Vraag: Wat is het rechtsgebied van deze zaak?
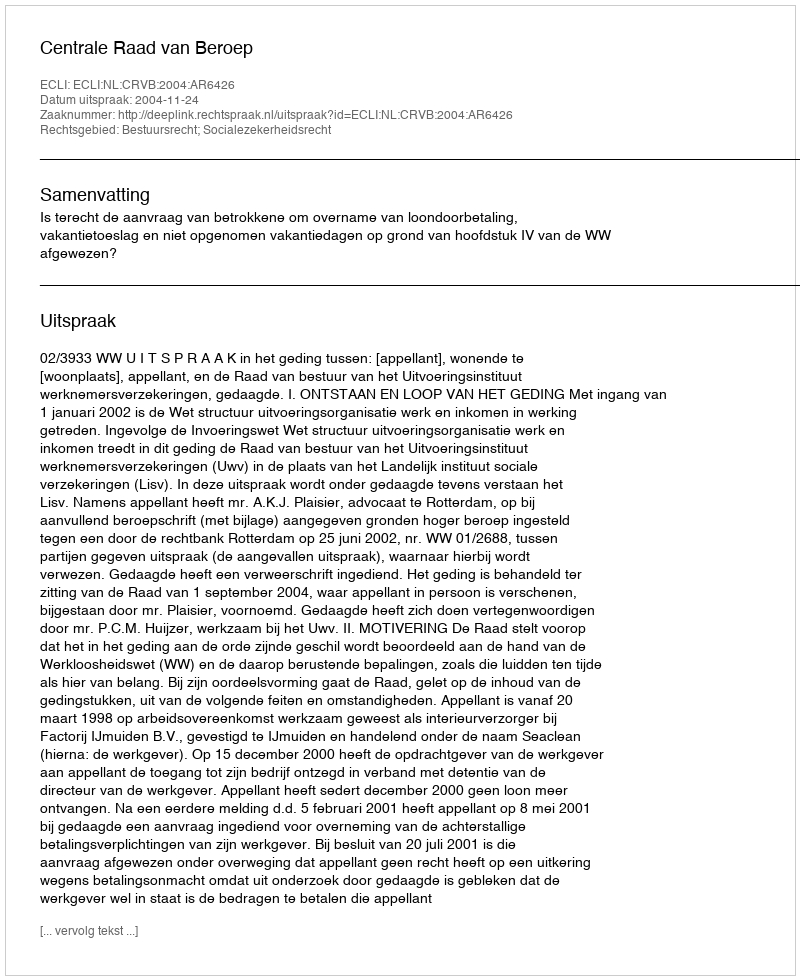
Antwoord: Bestuursrecht; Socialezekerheidsrecht